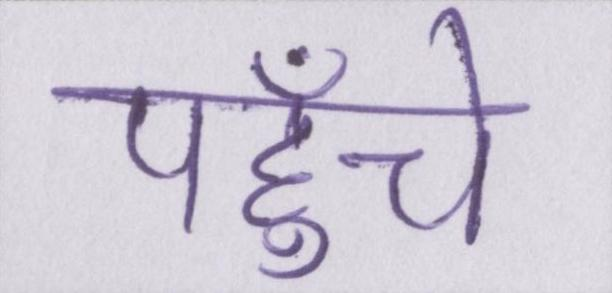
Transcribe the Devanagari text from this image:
पहुँचे